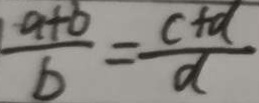
\frac { a + b } { b } = \frac { c + d } { d }